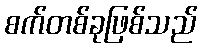
စက်တစ်ခုဖြစ်သည်